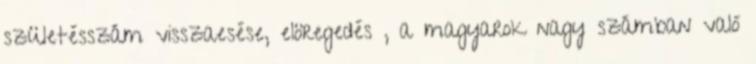
születésszám visszaesése, elöregedés , a magyarok nagy számban való